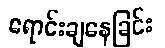
ရောင်းချနေခြင်း